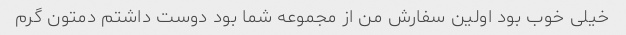
خیلی خوب بود اولین سفارش من از مجموعه شما بود دوست داشتم دمتون گرم